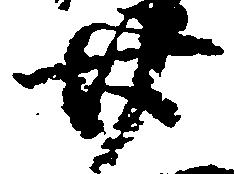
廿